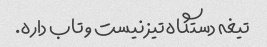
تیغه دستگاه تیز نیست و تاب داره.